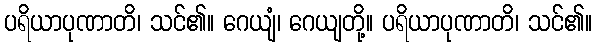
ပရိယာပုဏာတိ၊ သင်၏။ ဂေယျံ၊ ဂေယျတို့။ ပရိယာပုဏာတိ၊ သင်၏။